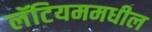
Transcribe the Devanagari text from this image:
लॅटियममधील